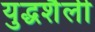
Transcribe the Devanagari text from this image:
युद्धशैली